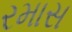
રમાસ